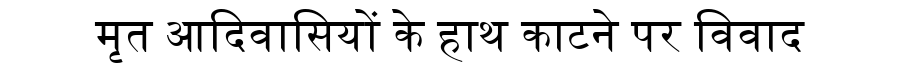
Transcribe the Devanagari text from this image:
मृत आदिवासियों के हाथ काटने पर विवाद